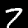
Digit: 7